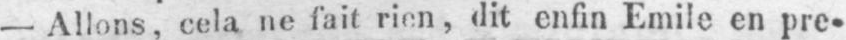
- Allons, cela ne fait rien, dit enfin Emile en pre-